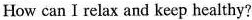
How can I relax and keep healthy?